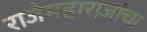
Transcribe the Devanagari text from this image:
राजेमहाराजांचा